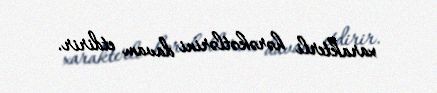
xarakterli hərəkətlərini davam etdirir.